Indian journal of veterinary science and animal husbandry - Volumes 15-17, 1948-1951
Year: 1948
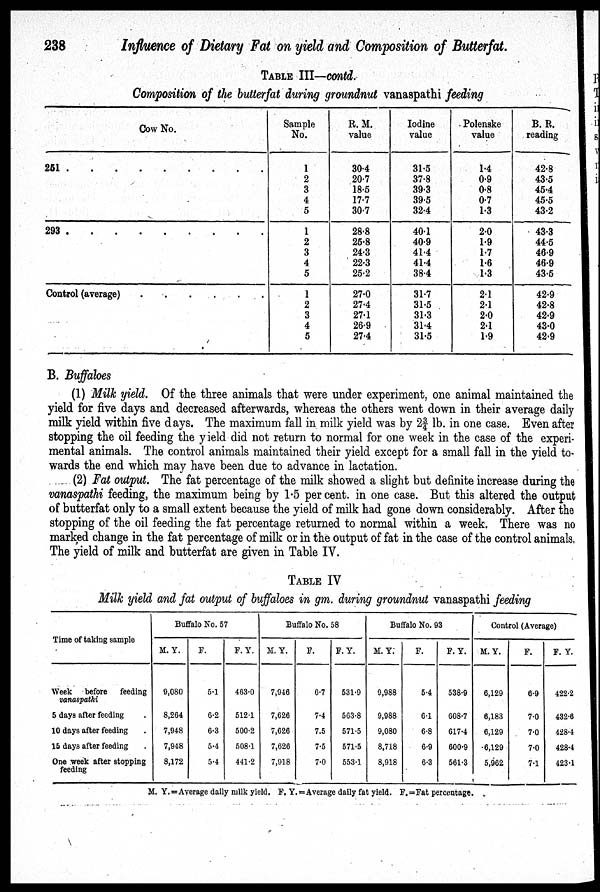
238
Influence of Dietary Fat on yield and Composition of Butterfat.
TABLE III—contd.
Composition of the butterfat during groundnut vanaspathi feeding
Cow No.
251
.
.
.
.
.
.
.
.
.
293
.
.
.
.
.
.
.
.
.
Control (average) . . . . . .
Sample
No.
1
2
3
4
5
1
2
3
4
5
1
2
3
4
5
R. M.
value
30.4
20.7
18.5
17.7
30.7
28.8
25.8
24.3
22.3
25.2
27.0
274
27.1
26.9
27.4
Iodine
value
31.5
37.8
39.3
39.5
32.4
40.1
40.9
41.4
41.4
38.4
31.7
31.5
31.3
31.4
31.5
Polenske
value
1.4
0.9
0.8
0.7
1.3
2.0
1.9
1.7
1.6
1.3
2.1
2.1
2.0
2.1
1.9
B. R.
reading
42.8
43.5
45.4
45.5
43.2
43.3
44.5
46.9
46.9
43.5
42.9
42.8
42.9
43.0
42.9
B. Buffaloes
(1) Milk yield. Of the three animals that were under experiment, one animal maintained the
yield for five days and decreased afterwards, whereas the others went down in their average daily
milk yield within five days. The maximum fall in milk yield was by 2| lb. in one case. Even after
stopping the oil feeding the yield did not return to normal for one week in the case of the experi-
mental animals. The control animals maintained their yield except for a small fall in the yield to-
wards the end which may have been due to advance in lactation.
(2) Fat output. The fat percentage of the milk showed a slight but definite increase during the
vanaspathi feeding, the maximum being by 1.5 per cent. in one case. But this altered the output
of butterfat only to a small extent because the yield of milk had gone down considerably. After the
stopping of the oil feeding the fat percentage returned to normal within a week. There was no
marked change in the fat percentage of milk or in the output of fat in the case of the control animals,
The yield of milk and butterfat are given in Table IV.
TABLE IV
Milk yield and fat output of buffaloes in gm. during groundnut vanaspathi feeding
Time of taking sample
Week
before
feeding
vanaspathi
5 days after feeding
10 days after feeding
15 days after feeding
One week after stopping
feeding
Buffalo No. 57
M. Y.
9,080
8,204
7,948
7,948
8,172
F.
5.1
6.2
6.3
5.4
5.4
F. Y.
463.0
512.1
500.2
508.1
441.2
Buffalo No. 58
M. Y.
7,946
7,626
7,626
7,626
7,918
F.
6.7
7.4
7.5
7.5
7.0
F. Y.
531.9
563.8
571.5
571.5
553.1
Buffalo No. 93
M. Y.
9,988
9,988
9,080
8,718
8,918
F.
5.4
6.1
6.8
6.9
6.3
F. Y.
538.9
608.7
617.4
600.9
561.3
Control (Average)
M. Y.
6,129
6,183
6,129
6,129
5,962
F.
6.9
7.0
7.0
7.0
7.1
F. Y.
422.2
432.6
428.4
428.4
423.1
M. Y. = Average daily milk yield. F. Y. = Average daily fat yield. F.= Fat percentage.